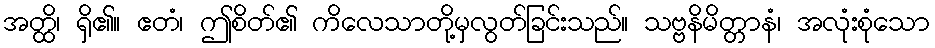
အတ္ထိ၊ ရှိ၏။ ဧတံ၊ ဤစိတ်၏ ကိလေသာတို့မှလွတ်ခြင်းသည်။ သဗ္ဗနိမိတ္တာနံ၊ အလုံးစုံသော